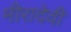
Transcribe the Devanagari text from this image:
मीरादेवी